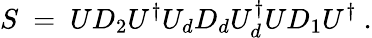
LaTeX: S\ =\ UD_{2}U^{\dagger}U_{d}D_{d}U_{d}^{\dagger}UD_{1}U^{\dagger}\ .